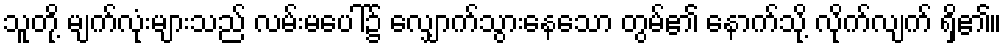
သူတို့ မျက်လုံးများသည် လမ်းမပေါ်၌ လျှောက်သွားနေသော တွမ်၏ နောက်သို့ လိုက်လျက် ရှိ၏။